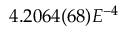
4 . 2 0 6 4 ( 6 8 ) E ^ { - 4 }